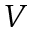
V